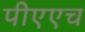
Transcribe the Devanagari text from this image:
पीएएच